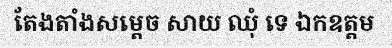
តែងតាំងសម្តេច សាយ ឈុំ ទេ ឯកឧត្តម